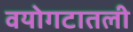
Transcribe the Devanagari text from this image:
वयोगटातली